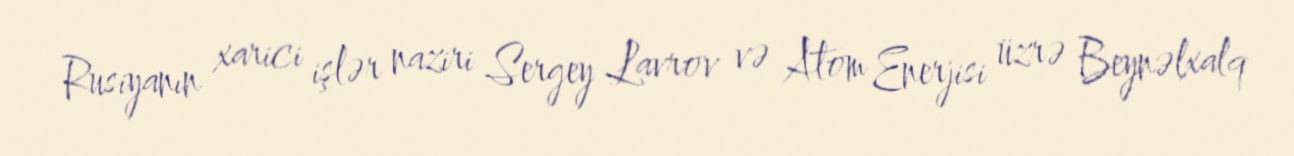
Rusiyanın xarici işlər naziri Sergey Lavrov və Atom Enerjisi üzrə Beynəlxalq